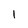
Character: l